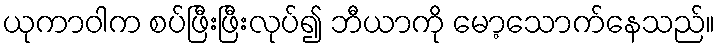
ယုကာဝါက စပ်ဖြီးဖြီးလုပ်၍ ဘီယာကို မော့သောက်နေသည်။